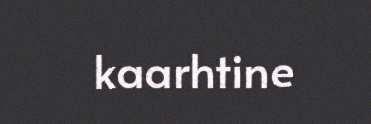
kaarhtine